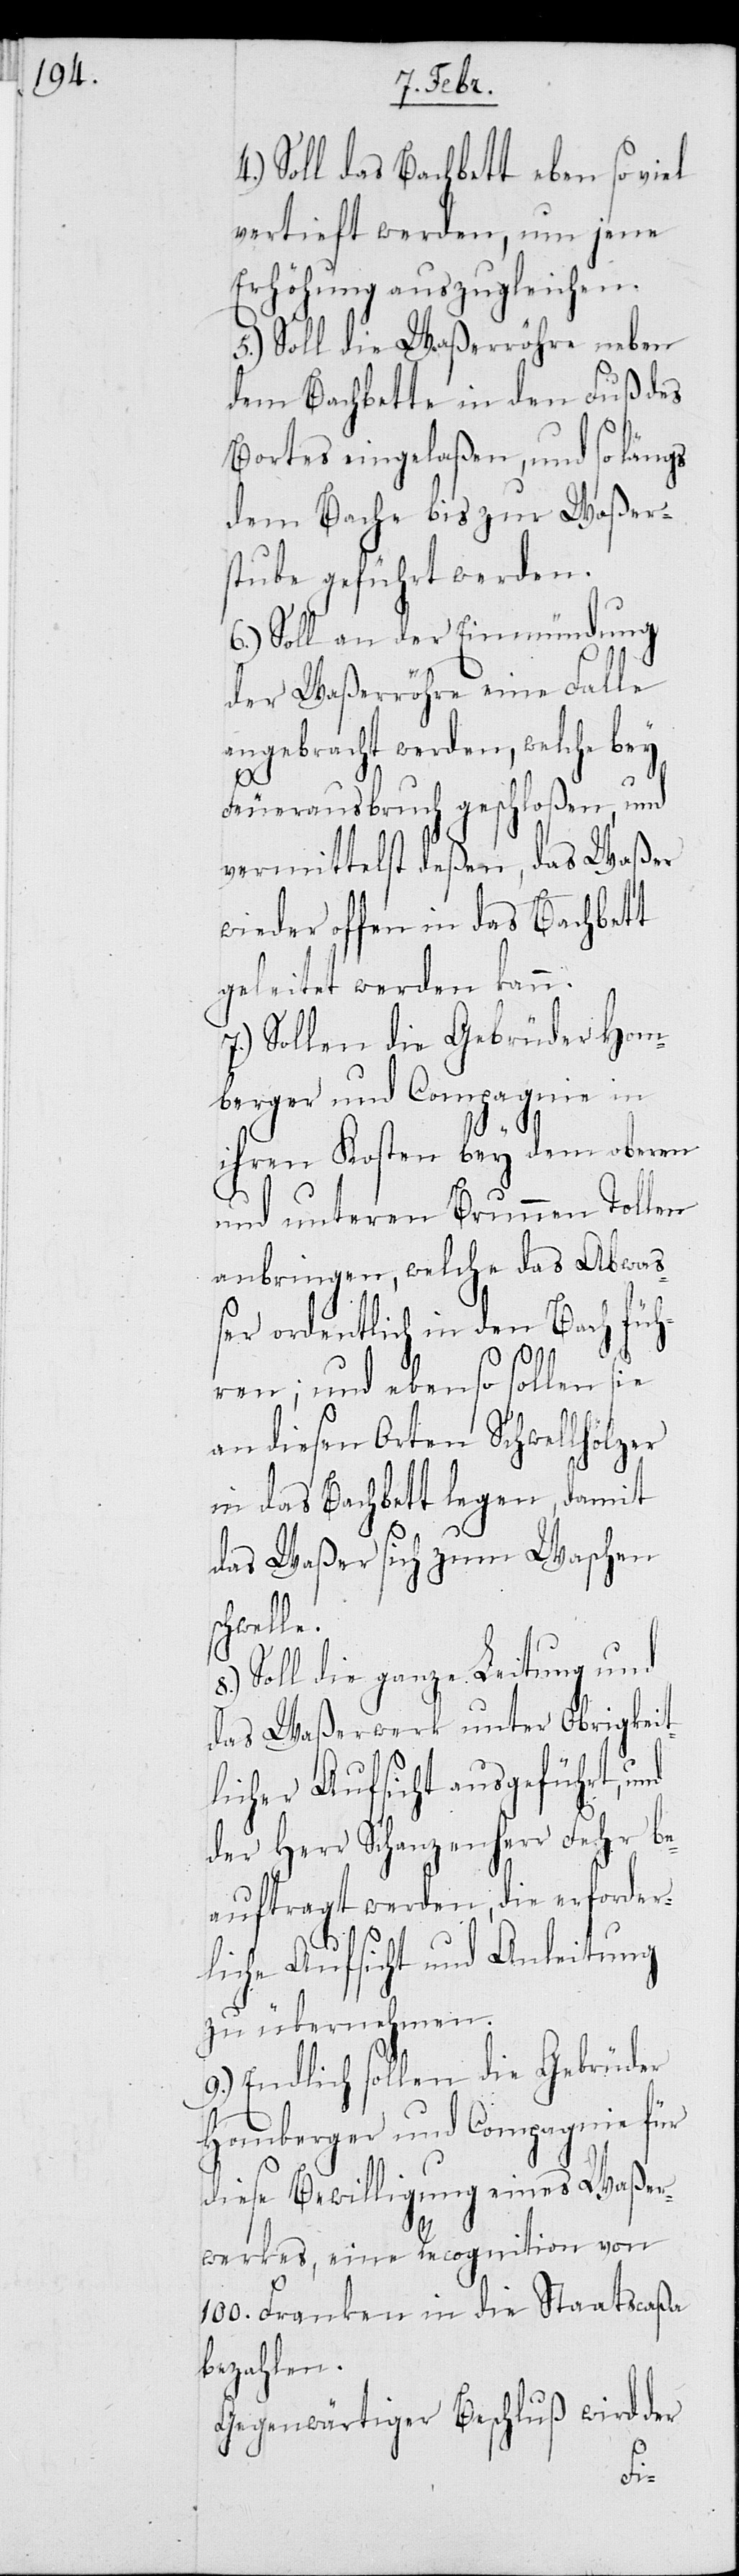
Soll das Bachbett eben so viel
vertieft werden, um jene
Erhöhung auszugleichen.
5.) Soll die Waßerröhre neben
dem Bachbette in den Fuß des
Bortes eingelaßen, und so längs
dem Bache bis zur Waßer¬
stube geführt werden.
6.) Soll an der Einmündung
der Waßerröhre eine Falle
angebracht werden, welche bey
4.)
Feuerausbruch geschloßen, und
vermittelst deßen, das Waßer
wieder offen in das Bachbett
geleitet werden kann.
7.) Sollen die Gebrüder Hom¬
berger und Compagnie in
ihren Kosten bey dem oberen
und unteren Brunnen Tollen
anbringen, welche das Abwaß¬
er ordentlich in den Bach füh¬
ren; und ebenso sollen sie
an diesen Orten Schwellhölzer
in das Bachbett legen, damit
das Waßer sich zum Waschen
chwelle.
Soll die ganze Leitung und
das Waßerwerk unter Obrigkeit¬
licher Aufsicht ausgeführt, und
der Herr Schanzenherr Fehr be¬
auftragt werden, die erforder¬
liche Aufsicht und Anleitung
zu übernehmen.
9.) Endlich sollen die Gebrüder
Homberger und Compagnie für
diese Bewilligung eines Waßer¬
s¬
werkes, eine Recognition von
100. Franken in die Staatscaßa
bezahlen.
Gegenwärtiger Beschluß wird der